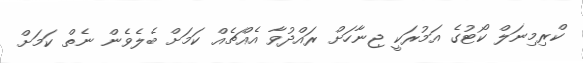
ކްރިމިނަލް ކޯޓުގެ އަމުރަކީ ޖިނާހަށް ރައްދުވާ އެއްޗެއް ކަމަށް ބެލެވެން ނެތް ކަމަށް